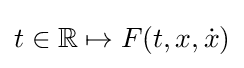
t\in \mathbb {R} \mapsto F(t,x,{\dot {x}})